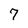
Character: 7